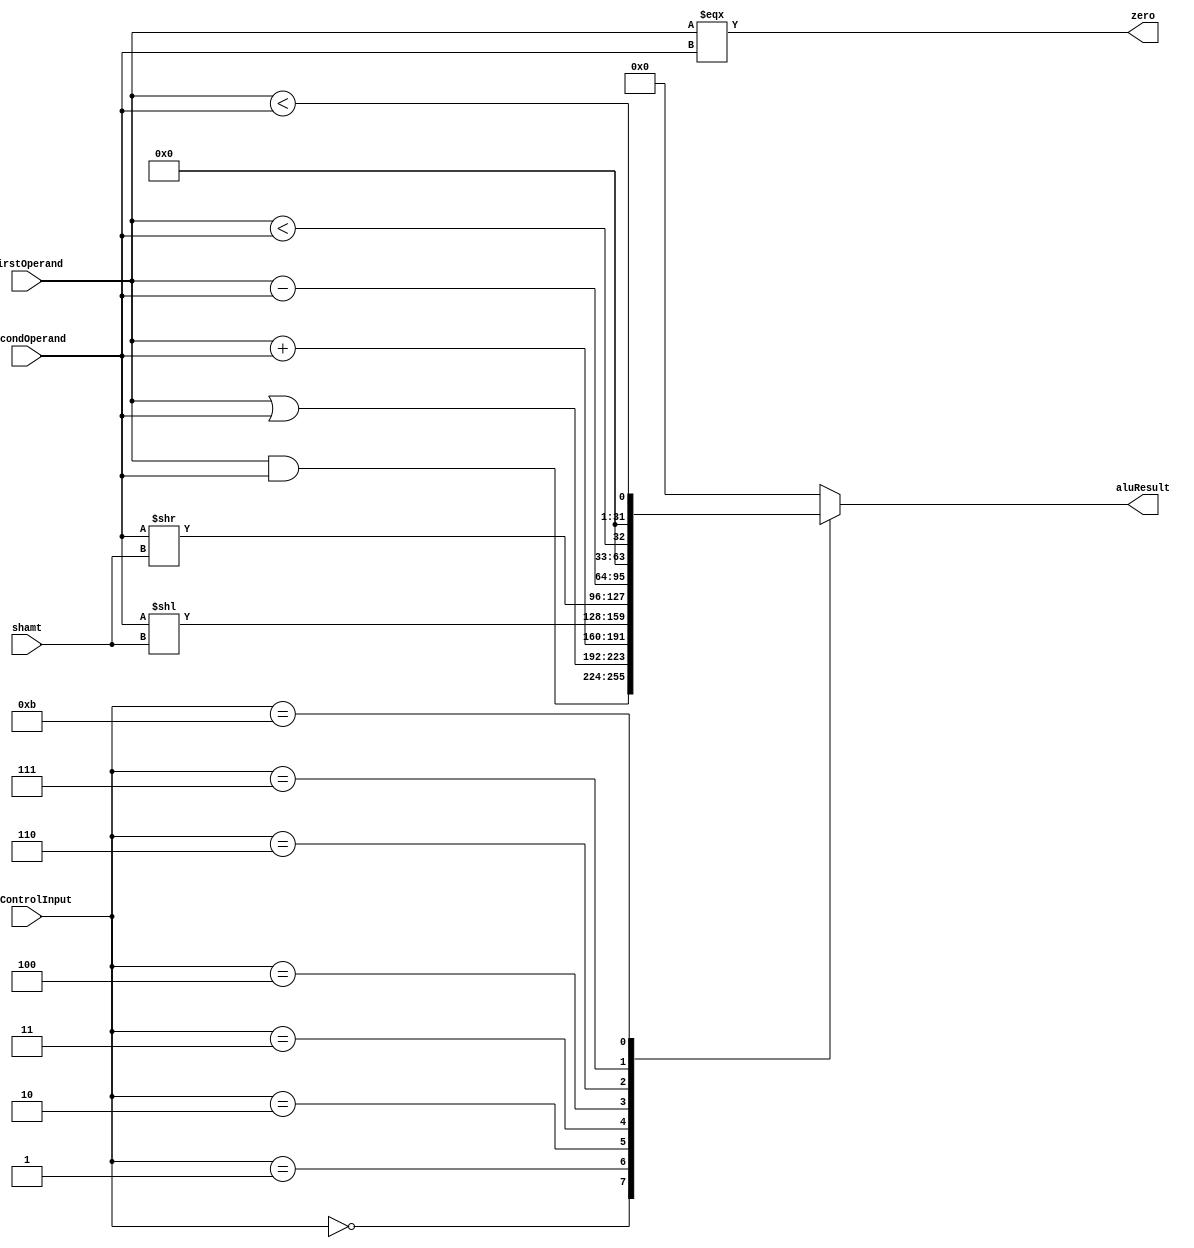
module ALU(firstOperand, secondOperand, aluControlInput, shamt, aluResult, zero);

input signed [31:0] firstOperand, secondOperand;
input [4:0] shamt;
input [3:0] aluControlInput;

output zero;
output reg [31:0] aluResult;

assign zero = (firstOperand === secondOperand);

always @(firstOperand, secondOperand, aluControlInput, shamt)
begin
	case(aluControlInput)
		4'b0000: aluResult <= firstOperand & secondOperand; // and
		4'b0001: aluResult <= firstOperand | secondOperand; // or
		4'b0010: aluResult <= firstOperand + secondOperand; // add
		4'b0011: aluResult <= secondOperand << shamt; // sll
		4'b0100: aluResult <= secondOperand >> shamt; // srl
		4'b0110: aluResult <= firstOperand - secondOperand; // sub
		4'b0111: aluResult <= firstOperand < secondOperand; // slt
		4'b1011: aluResult <= $unsigned(firstOperand) < $unsigned(secondOperand); // sltu
		default: aluResult <= 0; // undefined operation
	endcase
end

endmodule